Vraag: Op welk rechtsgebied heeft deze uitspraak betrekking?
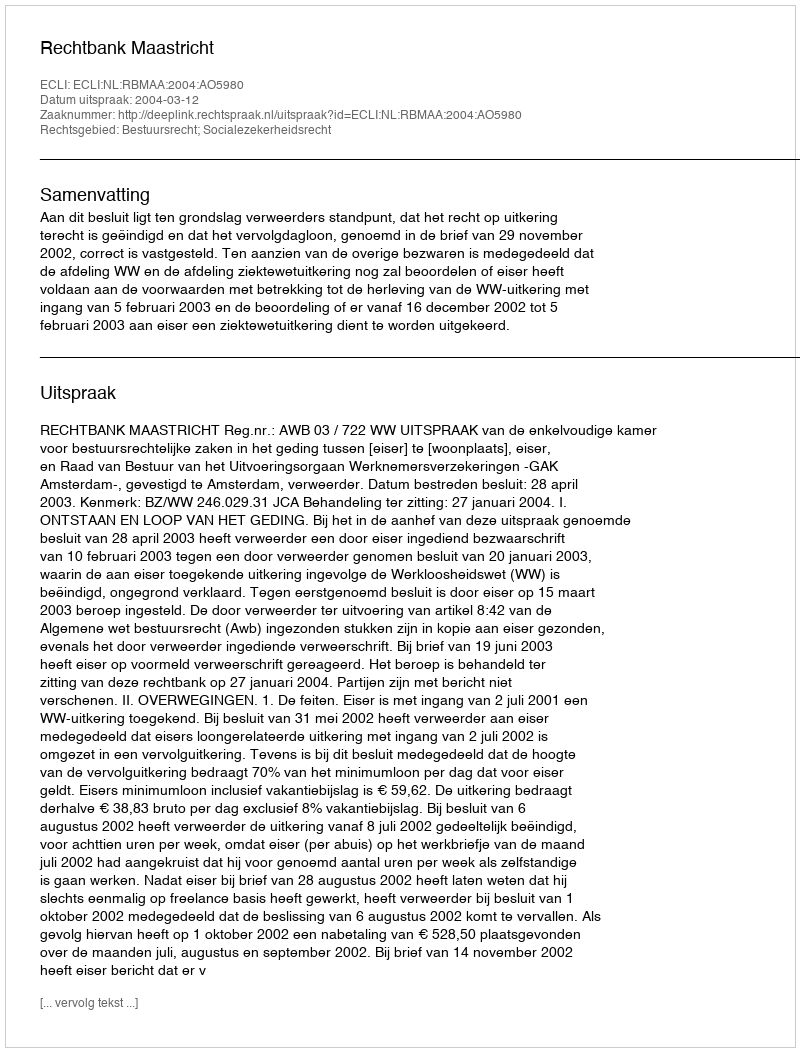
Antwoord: Bestuursrecht; Socialezekerheidsrecht